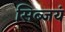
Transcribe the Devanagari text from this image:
सिब्जयं